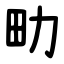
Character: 㽖